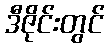
ဒီဇိုင်းတွင်